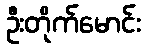
ဦးတိုက်မောင်း